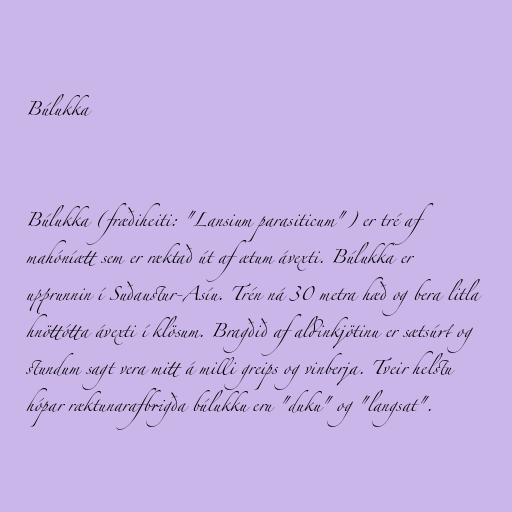
Búlukka

Búlukka (fræðiheiti: "Lansium parasiticum") er tré af
mahóníætt sem er ræktað út af ætum ávexti. Búlukka er
upprunnin í Suðaustur-Asíu. Trén ná 30 metra hæð og bera litla
hnöttótta ávexti í klösum. Bragðið af aldinkjötinu er sætsúrt og
stundum sagt vera mitt á milli greips og vinberja. Tveir helstu
hópar ræktunarafbrigða búlukku eru "duku" og "langsat".